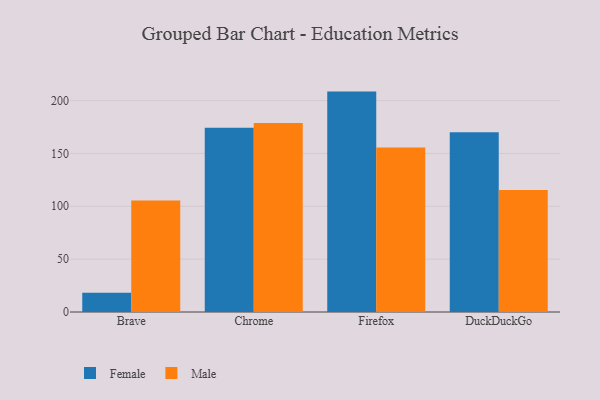
{"axis": {"x": "Browser", "y": "Page Views"}, "legend": ["Female", "Male"], "data": [{"x": "Brave", "y": 18.2, "type": "Female"}, {"x": "Brave", "y": 105.5, "type": "Male"}, {"x": "Chrome", "y": 174.4, "type": "Female"}, {"x": "Chrome", "y": 178.8, "type": "Male"}, {"x": "Firefox", "y": 208.5, "type": "Female"}, {"x": "Firefox", "y": 155.6, "type": "Male"}, {"x": "DuckDuckGo", "y": 170.1, "type": "Female"}, {"x": "DuckDuckGo", "y": 115.5, "type": "Male"}]}